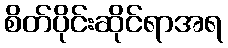
စိတ်ပိုင်းဆိုင်ရာအရ